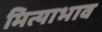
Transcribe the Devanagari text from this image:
मित्याभाव